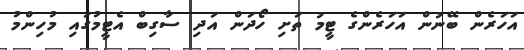
އަހަރެން ބޭނުން އަހަރެންގެ ޓީމު ތަށި ހޯދަން އަދި ސާގިބް އެޓީމުގައި މުހިންމު